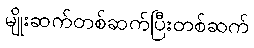
မျိုးဆက်တစ်ဆက်ပြီးတစ်ဆက်